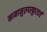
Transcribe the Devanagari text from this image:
नामानुरुपस्फुरदर्थ